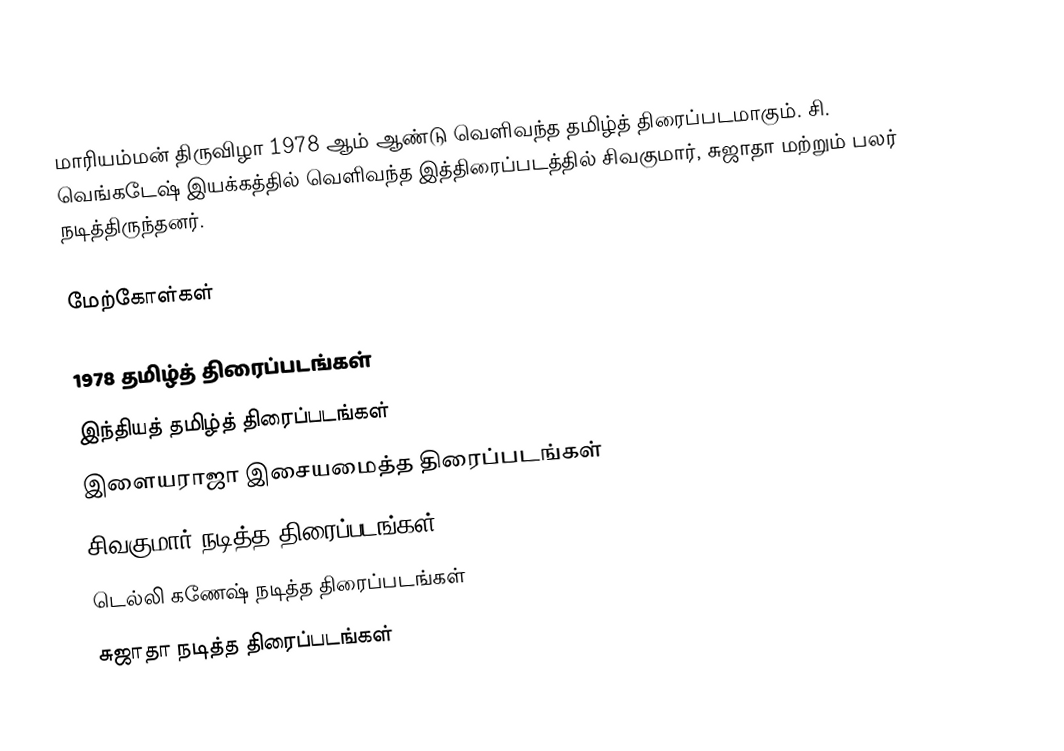
மாரியம்மன் திருவிழா 1978 ஆம் ஆண்டு வெளிவந்த தமிழ்த் திரைப்படமாகும். சி. வெங்கடேஷ் இயக்கத்தில் வெளிவந்த இத்திரைப்படத்தில் சிவகுமார், சுஜாதா மற்றும் பலர் நடித்திருந்தனர்.

மேற்கோள்கள்

1978 தமிழ்த் திரைப்படங்கள்
இந்தியத் தமிழ்த் திரைப்படங்கள்
இளையராஜா இசையமைத்த திரைப்படங்கள்
சிவகுமார் நடித்த திரைப்படங்கள்
டெல்லி கணேஷ் நடித்த திரைப்படங்கள்
சுஜாதா நடித்த திரைப்படங்கள்